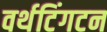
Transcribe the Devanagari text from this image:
वर्थटिंगटन